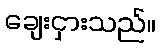
ချေးငှားသည်။